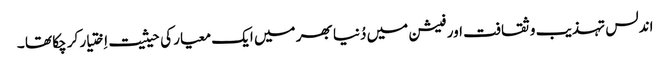
اندلس تہذیب و ثقافت اور فیشن میں دُنیا بھر میں ایک معیار کی حیثیت اِختیار کر چکا تھا ۔